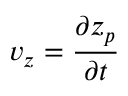
v _ { z } = \frac { \partial { z _ { p } } } { \partial { t } }